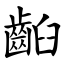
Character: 齨